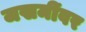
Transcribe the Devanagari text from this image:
जखमींवर